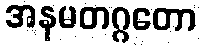
အနမတဂ္ဂတော